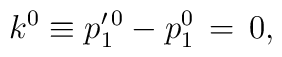
k^{0} \equiv  p_{1}^{\prime\,0} - p_1^{0}\,=\,0,